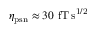
\eta _ { \mathrm { p s n } } \approx 3 0 ~ \mathrm { f T \, s ^ { 1 / 2 } }